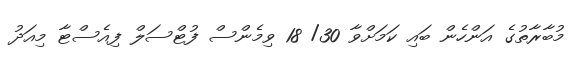
މުބާރާތުގެ އަންހެން ބައި ކަމަށްވާ 30/ 18 ވިމެންސް ފުޓްސަލް ފިއެސްޓާ މިއަދު